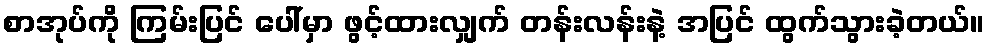
စာအုပ်ကို ကြမ်းပြင် ပေါ်မှာ ဖွင့်ထားလျှက် တန်းလန်းနဲ့ အပြင် ထွက်သွားခဲ့တယ်။